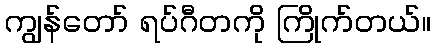
ကျွန်တော် ရပ်ဂီတကို ကြိုက်တယ်။